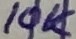
Text: 10K